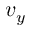
v _ { y }